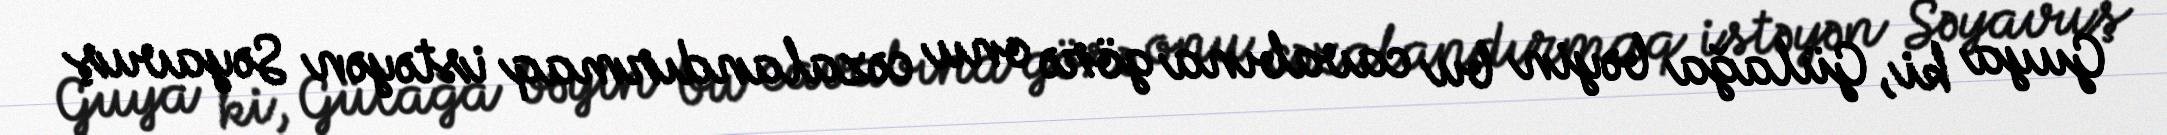
Guya ki, Gülağa bəyin bu cavabına görə onu cəzalandırmaq istəyən Səyavuş